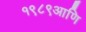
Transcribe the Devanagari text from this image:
१९८९आणि